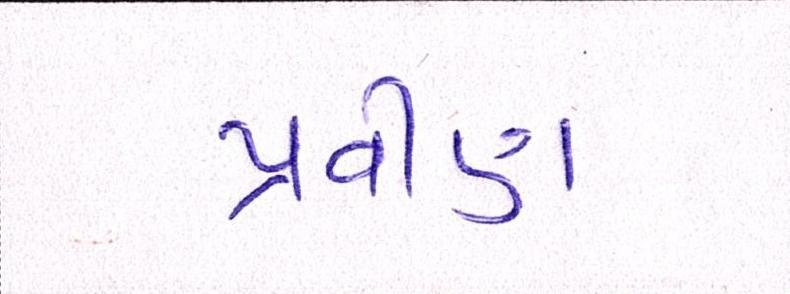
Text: પ્રવીણ